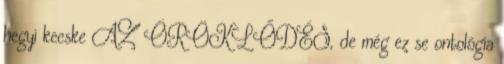
hegyi kecske AZ ÖRÖKLŐDÉS, de még ez se ontológia